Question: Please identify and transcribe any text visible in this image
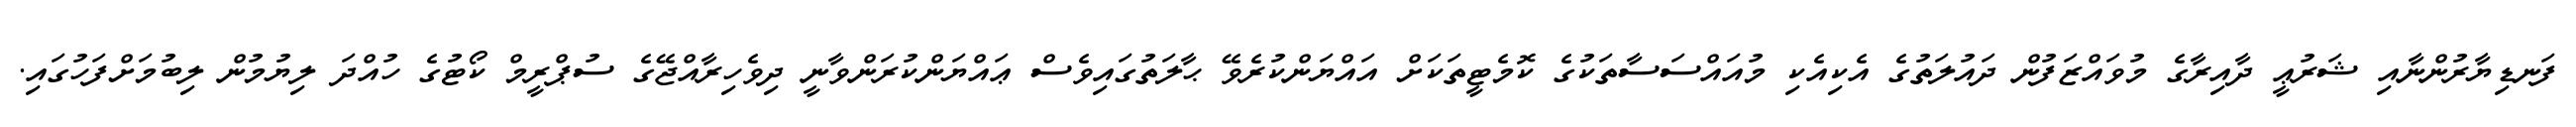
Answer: ފަނޑިޔާރުންނާއި ޝަރުޢީ ދާއިރާގެ މުވައްޒަފުން ދައުލަތުގެ އެކިއެކި މުއައްސަސާތަކުގެ ކޮމެޓީތަކަށް އައްޔަންކުރެވޭ ޙާލަތުގައިވެސް ޢައްޔަންކުރަންވާނީ ދިވެހިރާއްޖޭގެ ސުޕްރީމް ކޯޓުގެ ހުއްދަ ލިޔުމުން ލިބުމަށްފަހުގައި.